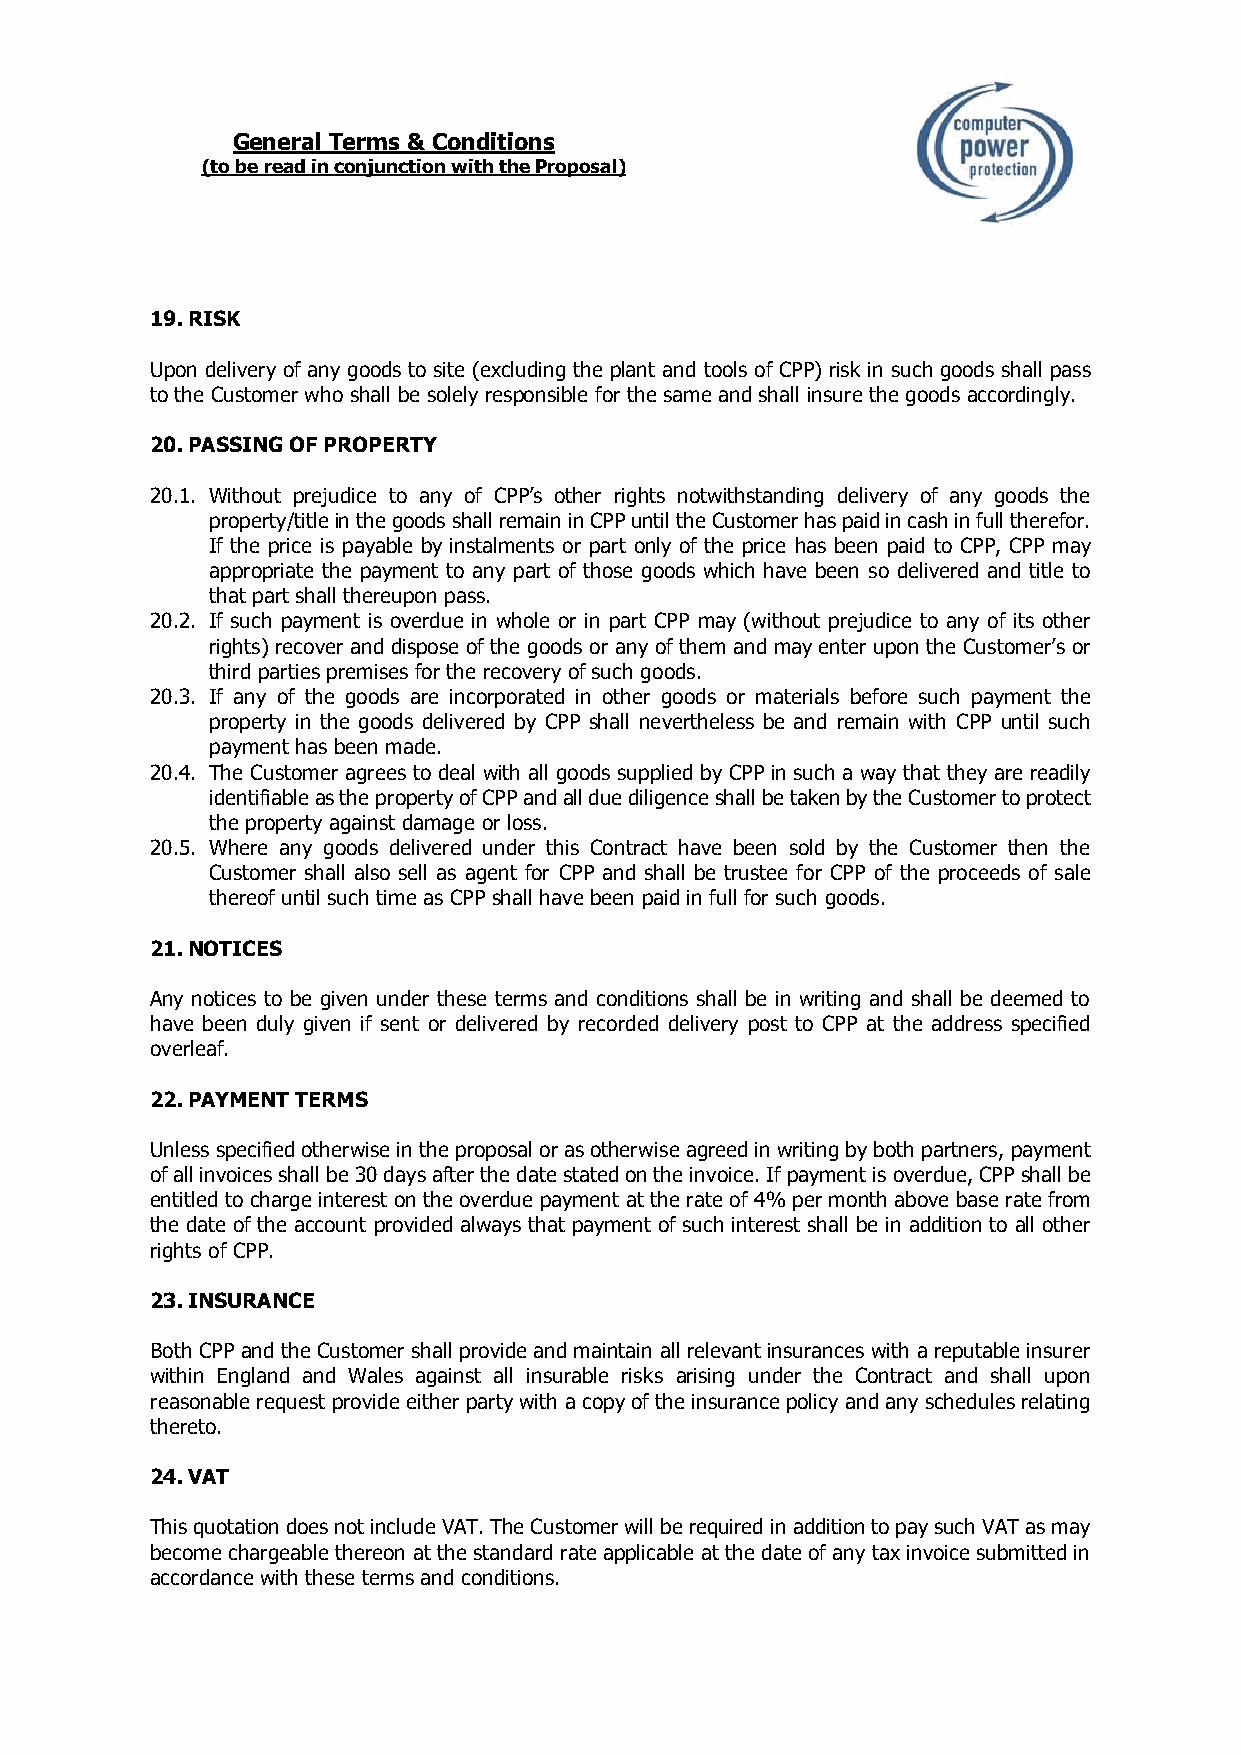
General Terms & Conditions
 (to be read in conjunction with the Proposal)
 19. RISK
 Upon delivery of any goods to site (excluding the plant and tools of CPP) risk in such goods shall pass
 to the Customer who shall be solely responsible for the same and shall insure the goods accordingly.
 20. PASSING OF PROPERTY
 20.1. Without prejudice to any of CPP’s other rights notwithstanding delivery of any goods the
 property/title in the goods shall remain in CPP until the Customer has paid in cash in full therefor.
 If the price is payable by instalments or part only of the price has been paid to CPP, CPP may
 appropriate the payment to any part of those goods which have been so delivered and title to
 that part shall thereupon pass.
 20.2. If such payment is overdue in whole or in part CPP may (without prejudice to any of its other
 rights) recover and dispose of the goods or any of them and may enter upon the Customer’s or
 third parties premises for the recovery of such goods.
 20.3. If any of the goods are incorporated in other goods or materials before such payment the
 property in the goods delivered by CPP shall nevertheless be and remain with CPP until such
 payment has been made.
 20.4. The Customer agrees to deal with all goods supplied by CPP in such a way that they are readily
 identifiable as the property of CPP and all due diligence shall be taken by the Customer to protect
 the property against damage or loss.
 20.5. Where any goods delivered under this Contract have been sold by the Customer then the
 Customer shall also sell as agent for CPP and shall be trustee for CPP of the proceeds of sale
 thereof until such time as CPP shall have been paid in full for such goods.
 21. NOTICES
 Any notices to be given under these terms and conditions shall be in writing and shall be deemed to
 have been duly given if sent or delivered by recorded delivery post to CPP at the address specified
 overleaf.
 22. PAYMENT TERMS
 Unless specified otherwise in the proposal or as otherwise agreed in writing by both partners, payment
 of all invoices shall be 30 days after the date stated on the invoice. If payment is overdue, CPP shall be
 entitled to charge interest on the overdue payment at the rate of 4% per month above base rate from
 the date of the account provided always that payment of such interest shall be in addition to all other
 rights of CPP.
 23. INSURANCE
 Both CPP and the Customer shall provide and maintain all relevant insurances with a reputable insurer
 within England and Wales against all insurable risks arising under the Contract and shall upon
 reasonable request provide either party with a copy of the insurance policy and any schedules relating
 thereto.
 24. VAT
 This quotation does not include VAT. The Customer will be required in addition to pay such VAT as may
 become chargeable thereon at the standard rate applicable at the date of any tax invoice submitted in
 accordance with these terms and conditions.